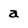
Character: a